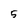
Character: 5